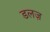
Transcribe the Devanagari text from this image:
डलज़